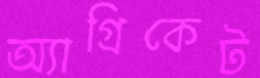
অ্যাগ্রিকেট